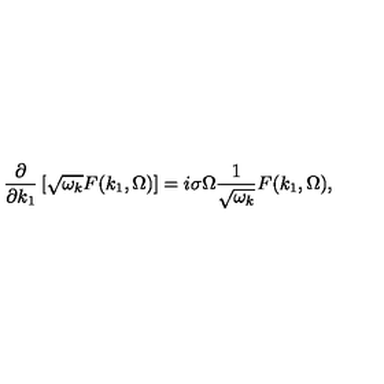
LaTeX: \frac { \partial } { \partial k _ { 1 } } \left[ \sqrt { \omega _ { k } } F ( k _ { 1 } , \Omega ) \right] = i \sigma \Omega \frac { 1 } { \sqrt { \omega _ { k } } } F ( k _ { 1 } , \Omega ) ,